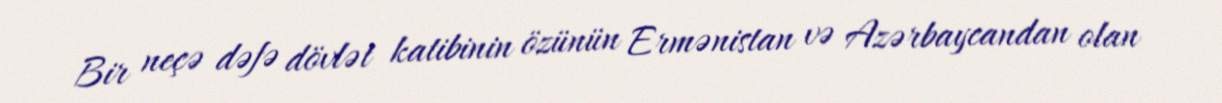
Bir neçə dəfə dövlət katibinin özünün Ermənistan və Azərbaycandan olan